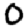
Digit: 0